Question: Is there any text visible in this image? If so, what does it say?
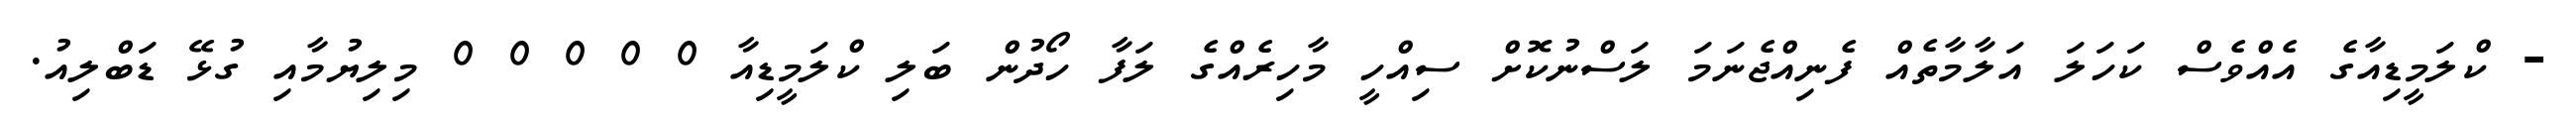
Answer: - ކްލަމީޑިއާގެ އެއްވެސް ކަހަލަ އަލާމާތެއް ފެނިއްޖެނަމަ ލަސްނުކޮށް ސިއްހީ މާހިރެއްގެ ލަފާ ހޯދުން ބަލި ކްލަމީޑިއާ 0 0 0 0 0 މިލިޔުމާއި ގުޅޭ ޑަބްލިއު.